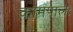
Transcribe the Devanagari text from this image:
कामपालः